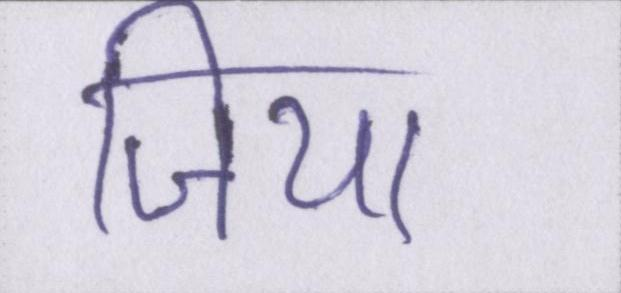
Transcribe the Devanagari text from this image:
जिया